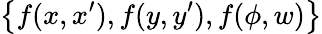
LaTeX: \left\{ {f(x,x^{\prime}),f(y,y^{\prime}),f(\phi,w)}\right\}